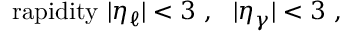
\mathrm { r a p i d i t y ~ } | \eta _ { \ell } | < 3 ~ , ~ ~ | \eta _ { \gamma } | < 3 ~ ,